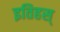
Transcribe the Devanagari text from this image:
इतिहस्